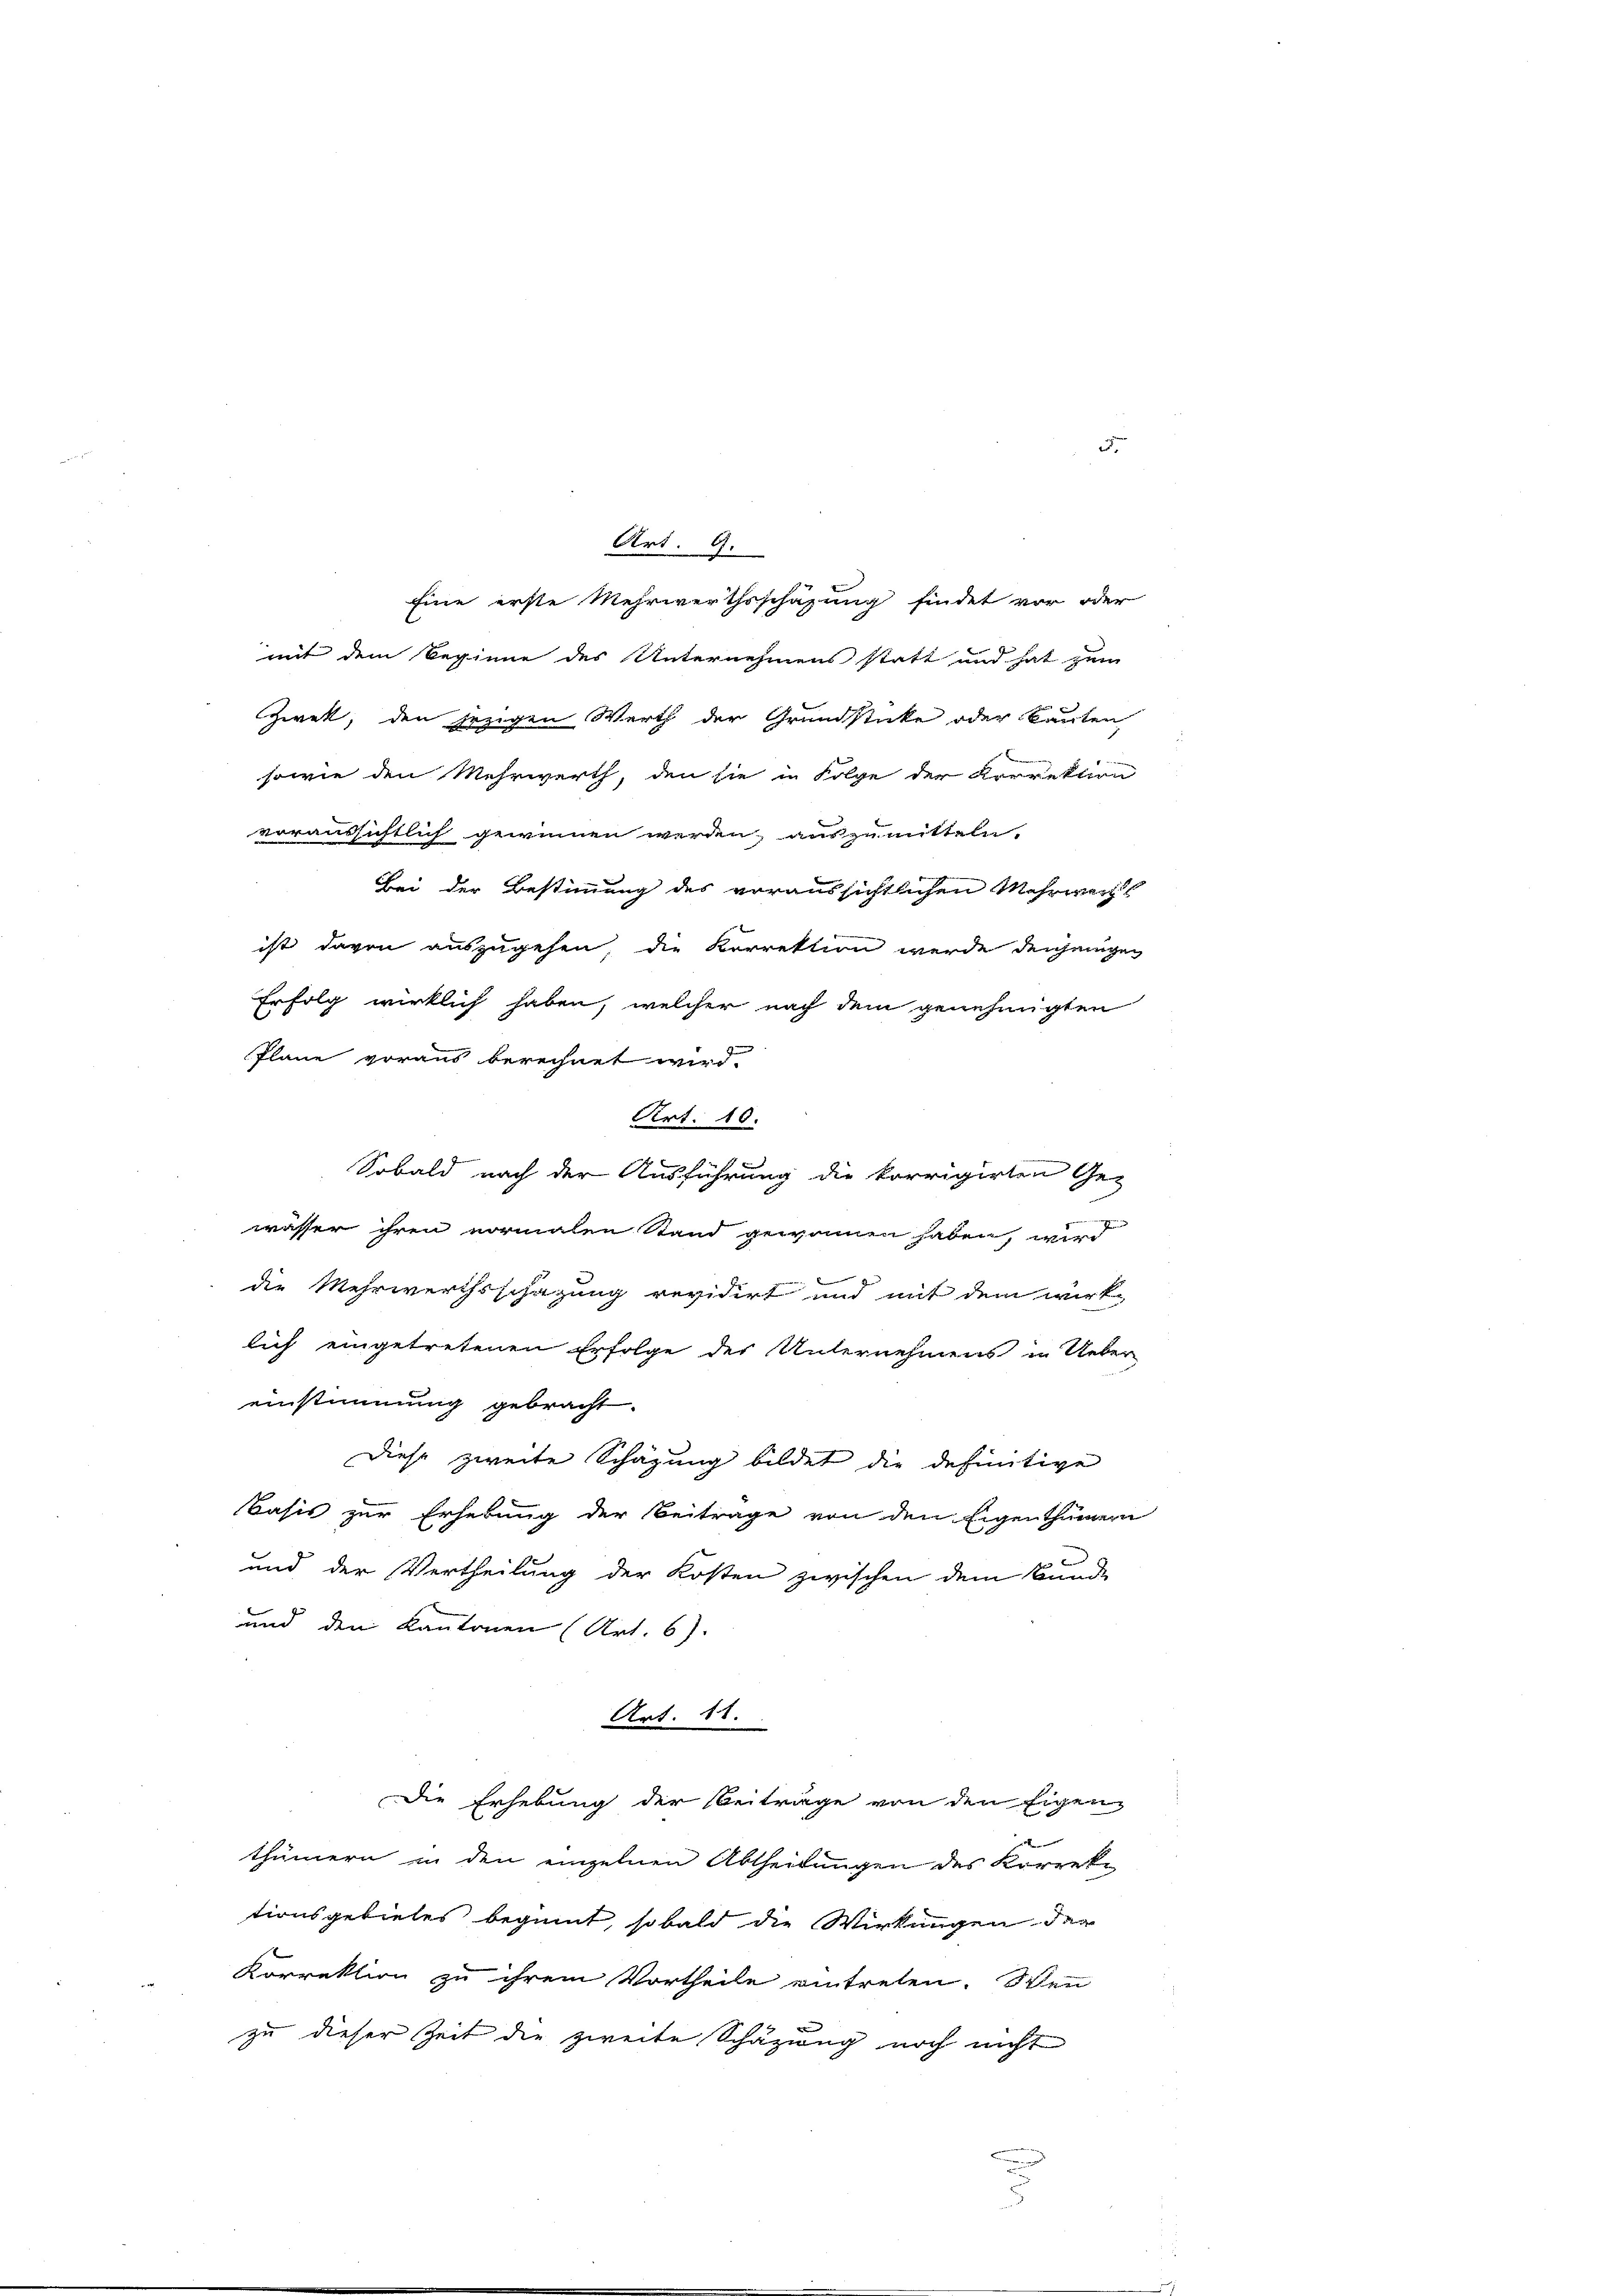
2

mit dem Beginne des Unternehmens statt und hat zum
Zwek, den jezigen Werth der Grundstücke oder kanten
sowie den Mehrwerth, den sie in Folge der Krorektion
voraussichtlich gewinnen werden, auszumitteln,
Bei der Bestimmung des voraussichtlichen Mehrwegs
ist davon auszugehen, die Korrektion werde denjenigen
Erfolg wirklich haben, welcher nach dem genehmigten
Sobald nach der Ausführung die korrigirten Gewasser ihren vormalen Stand gewonnen haben, wird
die Mehrwerthsschegung revidirt und mit dem wirk-
lich eingetretenen Erfolge der Unternehmens in Ueber
einstimmung gebracht.
Diese zweite Schazung bildet die definitive
Basis zur Erhebung der Beiträge von den Eigenthümern
und der Vertheilung der Kosten zwischen dem Bunde
und den Kantonen (Art. 6)
Art. 11.
Die Erhebung der Beitrage von den Eigen
.
thümern in den einzelnen Abtheilungen des Korrek-
tionsgebietes beginnt, sobald die Wirkungen der
2
Korrektion zu ihrem Vortheile eintreten. Sen
zu dieser Zeit die zweite Schäzweg noch nicht

Pläne voraus berechnet wird.

Art. 9.

Art. 10.

Eine erste Mehrwerthsschafung findet vor oder